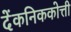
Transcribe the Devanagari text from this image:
देंकनिककोत्ती